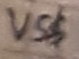
Text: VS$